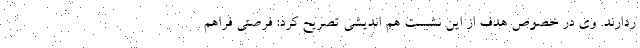
ردارند. وی در خصوص هدف از این نشست هم اندیشی تصریح کرد: فرصتی فراهم